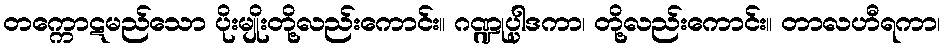
တက္ကောဋမည်သော ပိုးမျိုးတို့လည်းကောင်း။ ဂဏ္ဍုပ္ပါဒကာ၊ တို့လည်းကောင်း။ တာလဟီရကာ၊